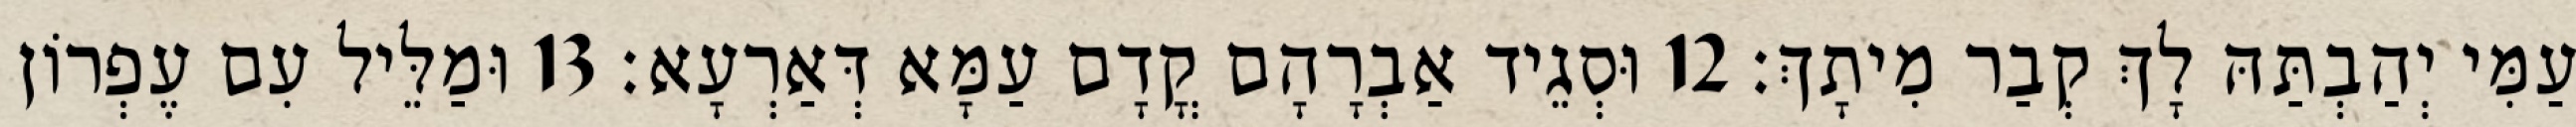
עַמִּי יְהַבְתַּהּ לָךְ קְבַר מִיתָךְ׃ 12 וּסְגֵיד אַבְרָהָם קֳדָם עַמָּא דְּאַרְעָא׃ 13 וּמַלֵּיל עִם עֶפְרוֹן